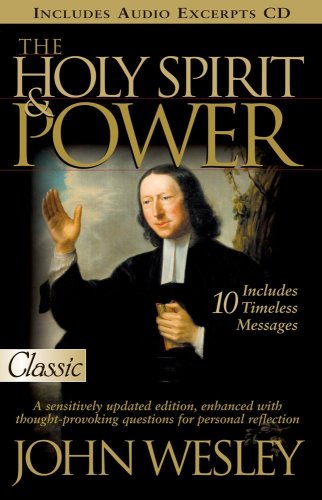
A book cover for Holy Spirit And Power (Pure Gold Classics); John Wesley; Christian Books & Bibles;